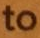
to